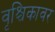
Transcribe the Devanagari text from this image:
वृश्चिकावर